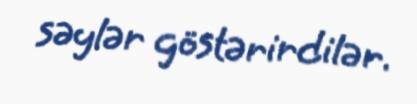
səylər göstərirdilər.